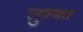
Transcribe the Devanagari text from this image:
लुश्का